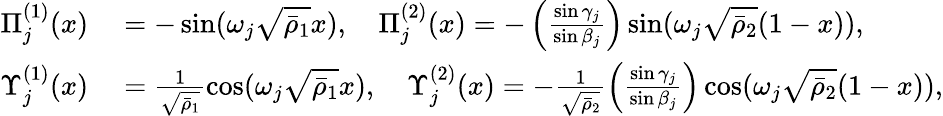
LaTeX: \begin{array}{rl}{\Pi_{j}^{(1)}(x)}&{{}=-\sin(\omega_{j}\sqrt{\bar{\rho}_{1}}x),\quad\Pi_{j}^{(2)}(x)=-\left(\frac{\sin\gamma_{j}}{\sin\beta_{j}}\right)\sin(\omega_{j}\sqrt{\bar{\rho}_{2}}(1-x)),}\\ {\Upsilon_{j}^{(1)}(x)}&{{}=\frac{1}{\sqrt{\bar{\rho}_{1}}}\cos(\omega_{j}\sqrt{\bar{\rho}_{1}}x),\quad\Upsilon_{j}^{(2)}(x)=-\frac{1}{\sqrt{\bar{\rho}_{2}}}\left(\frac{\sin\gamma_{j}}{\sin\beta_{j}}\right)\cos(\omega_{j}\sqrt{\bar{\rho}_{2}}(1-x)),}\end{array}